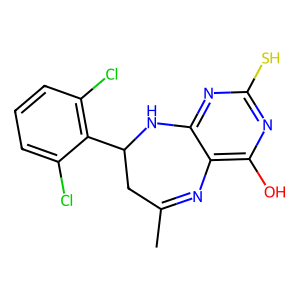
SMILES: CC1=Nc2c(O)nc(S)nc2NC(c2c(Cl)cccc2Cl)C1
Inhibits HIV replication: No